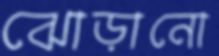
ঝোড়ানো